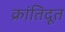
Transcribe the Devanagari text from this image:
क्रांतिदूत